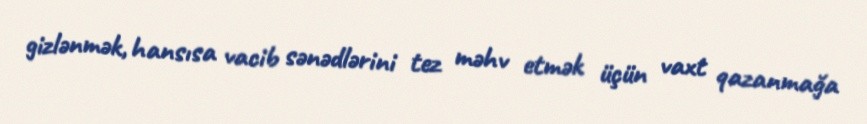
gizlənmək, hansısa vacib sənədlərini tez məhv etmək üçün vaxt qazanmağa